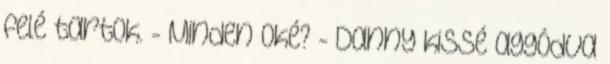
felé tartok. - Minden oké? - Danny kissé aggódva